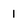
Character: 1